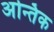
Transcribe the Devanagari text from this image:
अन्तिक